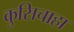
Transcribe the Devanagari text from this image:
कुसिचाहा